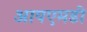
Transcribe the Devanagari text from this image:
आयएमडी